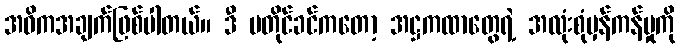
အဓိကအချက်ဖြစ်ပါတယ်။ ဒီ မတိုင်ခင်ကတော့ အဋ္ဌကထာတွေရဲ့ အလုံးစုံမှန်ကန်မှုကို